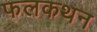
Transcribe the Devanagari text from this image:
फलकथन